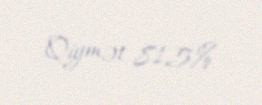
Qiymət 81,5%